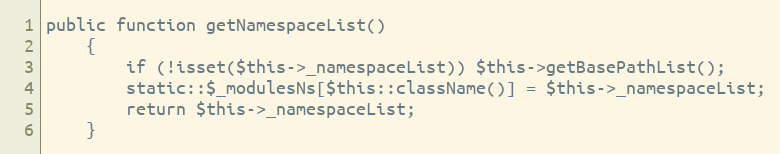
Language: PHP
public function getNamespaceList()
    {
        if (!isset($this->_namespaceList)) $this->getBasePathList();
        static::$_modulesNs[$this::className()] = $this->_namespaceList;
        return $this->_namespaceList;
    }